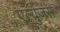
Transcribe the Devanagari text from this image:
एल्युज़ंस